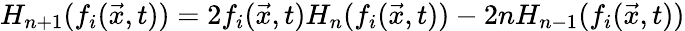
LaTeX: H_{n+1}(f_{i}(\vec{x},t))=2f_{i}(\vec{x},t)H_{n}(f_{i}(\vec{x},t))-2nH_{n-1}(f_{i}(\vec{x},t))